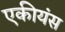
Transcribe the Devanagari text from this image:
एकीयंस